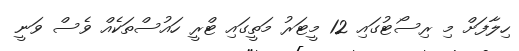
ހިލާފަށް މި ރިސޯޓުގައި 12 މީޓަރު މަތީގައި ޓްރީ ހައުސްތަކެއް ވެސް ވަނީ